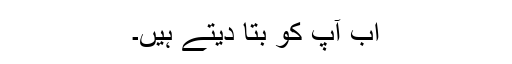
اب آپ کو بتا دیتے ہیں۔